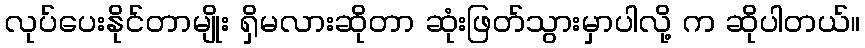
လုပ်ပေးနိုင်တာမျိုး ရှိမလားဆိုတာ ဆုံးဖြတ်သွားမှာပါလို့ က ဆိုပါတယ်။